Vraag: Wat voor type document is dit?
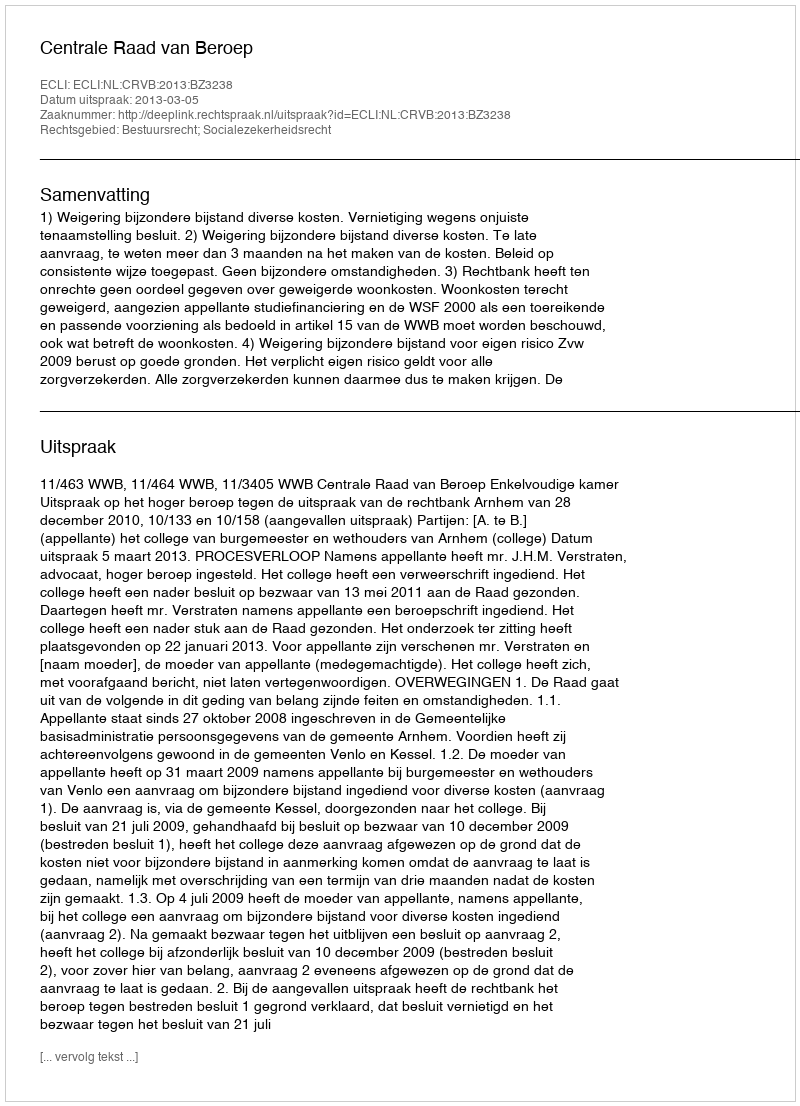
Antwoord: Uitspraak